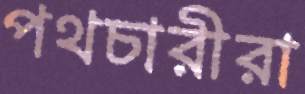
পথচারীরা